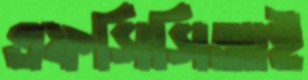
এফসিসিআই